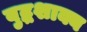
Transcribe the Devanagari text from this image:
बुद्धशाक्य